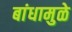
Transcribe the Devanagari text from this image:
बांधामुळे